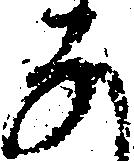
な